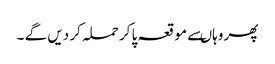
پھر وہاںسے مو قعہ پا کر حملہ کر دیں گے ۔